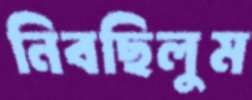
নিবছিলুম